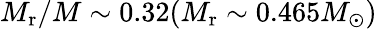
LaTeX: M_{\mathrm{r}}/M\sim 0.32(M_{\mathrm{r}}\sim 0.465M_{\odot})